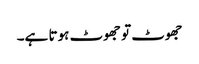
جھوٹ تو جھوٹ ہوتا ہے۔